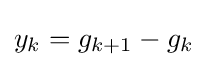
y_{k}=g_{k+1}-g_{k}